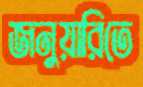
জনুয়ারিতে